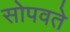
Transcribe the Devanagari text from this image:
सोपवते